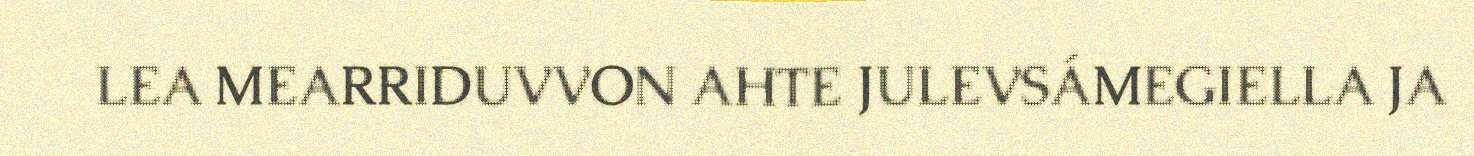
LEA MEARRIDUVVON AHTE JULEVSÁMEGIELLA JA